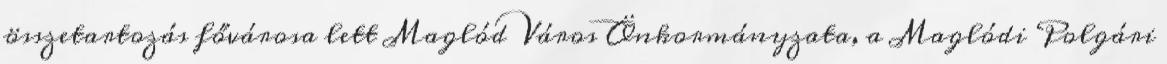
összetartozás fővárosa lett Maglód Város Önkormányzata, a Maglódi Polgári